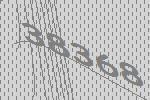
38368